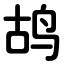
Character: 鸪